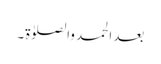
بعد الحمد والصلوٰۃ۔